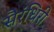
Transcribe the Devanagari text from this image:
सैरंधिरी